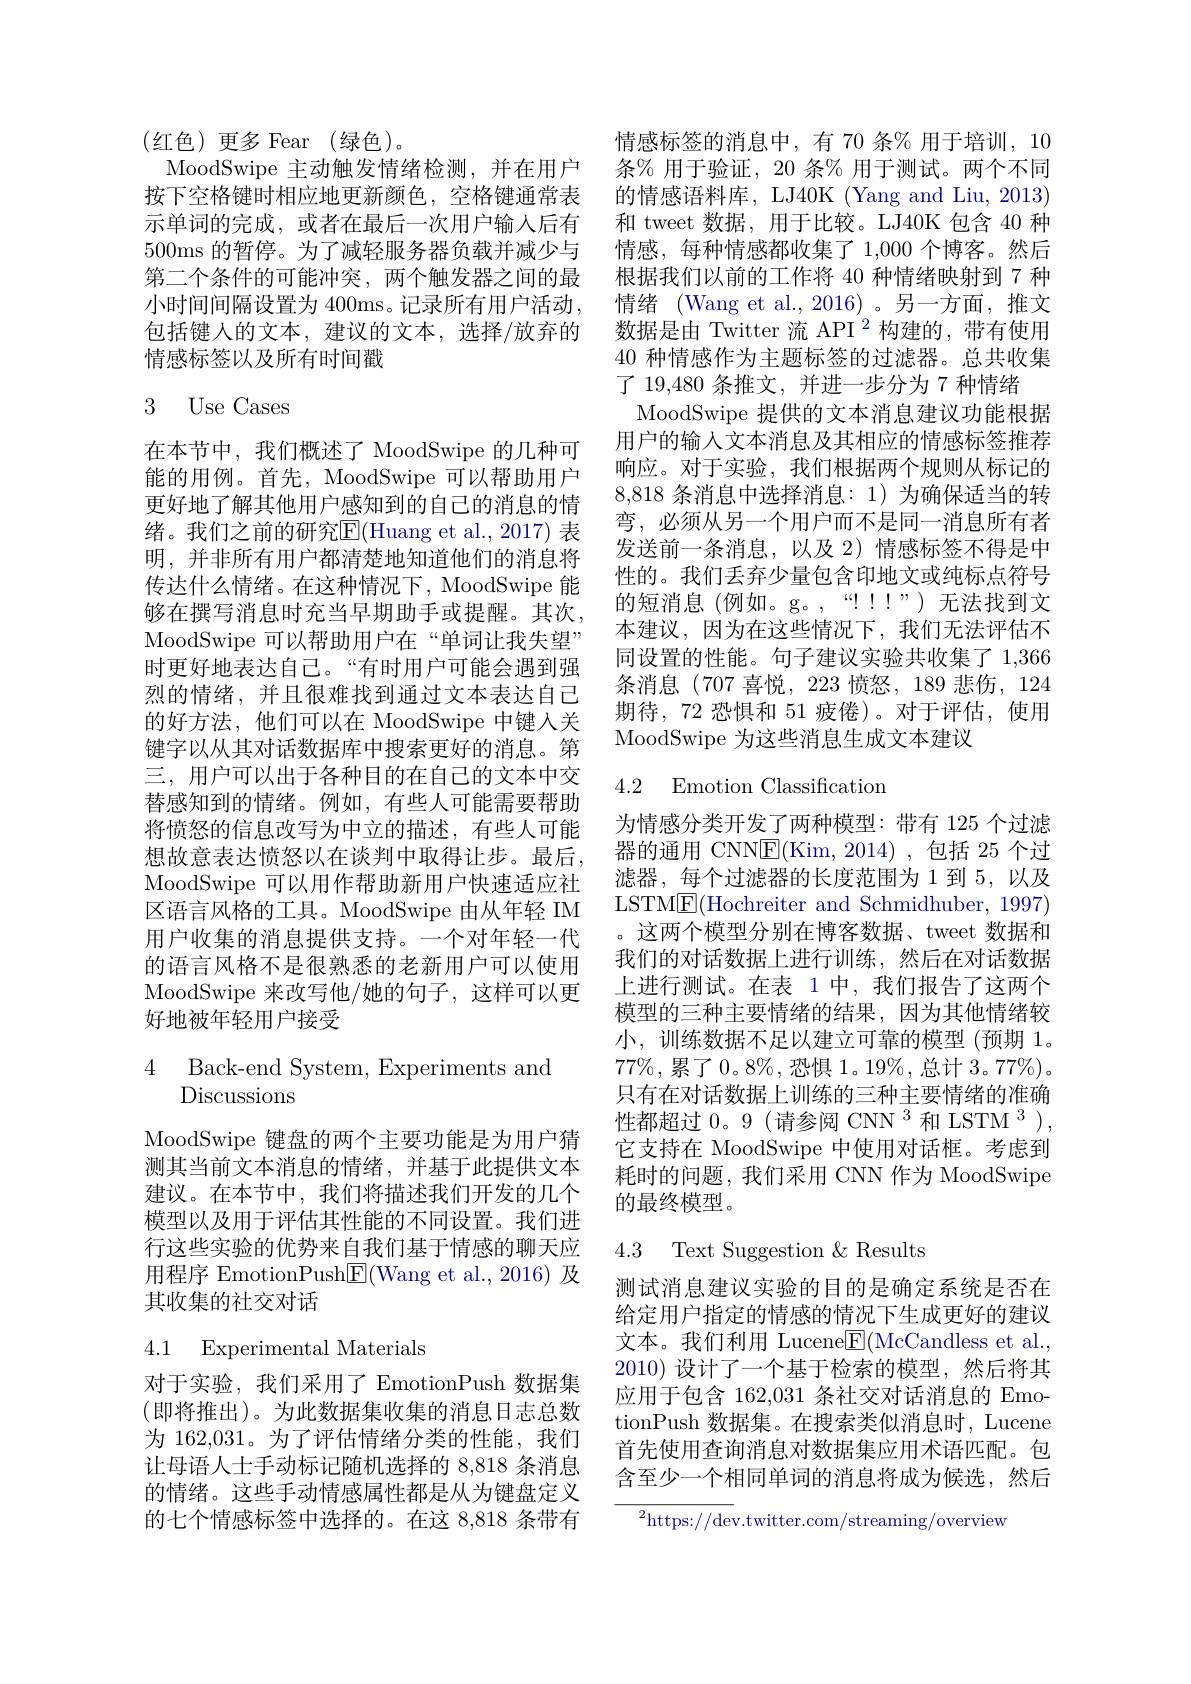
(红色)更多Fear(绿色)。
MoodSwipe 主动触发情绪检测，并在用户 条% 用于验证，20 条% 用于测试。两个不同按下空格键时相应地更新颜色，空格键通常表 的情感语料库，LJ40K (Yang and Liu, 2013) 示单词的完成，或者在最后一次用户输人后有 和 tweet 数据，用于比较。LJ40K 包含 40 种500ms的暂停。为了减轻服务器负载并减少与 情感，每种情感都收集了 1,000 个博客。然后第二个条件的可能冲突，两个触发器之间的最 根据我们以前的工作将 40 种情绪映射到 7 种小时间间隔设置为 400ms。记录所有用户活动，情绪 (Wang et al.,2016) 。另一方面，推文包括键人的文本，建议的文本，选择/放弃的
情感标签以及所有时间戳

### 3 Use Cases

在本节中，我们概述了 MoodSwipe 的几种可能的用例。首先，MoodSwipe 可以帮助用户更好地了解其他用户感知到的自己的消息的情绪。我们之前的研究E$( Huang et al. , 2017)$ 表明，并非所有用户都清楚地知道他们的消息将传达什么情绪。在这种情况下，MoodSwipe 能够在撰写消息时充当早期助手或提醒。其次， MoodSwipe 可以帮助用户在“单词让我失望” 时更好地表达自己。“有时用户可能会遇到强烈的情绪，并且很难找到通过文本表达自己的好方法，他们可以在 MoodSwipe 中键入关键字以从其对话数据库中搜索更好的消息。第三，用户可以出于各种目的在自己的文本中交替感知到的情绪。例如，有些人可能需要帮助将愤怒的信息改写为中立的描述，有些人可能想故意表达愤怒以在谈判中取得让步。最后， MoodSwipe 可以用作帮助新用户快速适应社区语言风格的工具。MoodSwipe 由从年轻 IM 用户收集的消息提供支持。一个对年轻一代的语言风格不是很熟悉的老新用户可以使用MoodSwipe 来改写他/她的句子，这样可以更好地被年轻用户接受

4 Back-end System, Experiments and
Discussions

MoodSwipe 键盘的两个主要功能是为用户猜测其当前文本消息的情绪，并基于此提供文本建议。在本节中，我们将描述我们开发的几个模型以及用于评估其性能的不同设置。我们进行这些实验的优势来自我们基于情感的聊天应用程序 EmotionPush$\boxed{\mathrm{E}}($Wang et al.,2016)及其收集的社交对话

4.1 Experimental Materials

对于实验，我们采用了 EmotionPush 数据集(即将推出)。为此数据集收集的消息日志总数为 162,031。为了评估情绪分类的性能，我们让母语人士手动标记随机选择的 8,818 条消息的情绪。这些手动情感属性都是从为键盘定义的七个情感标签中选择的。在这 8,818 条带有

情感标签的消息中，有 70 条% 用于培训，10数据是由 Twitter 流 API $^2$构建的，带有使用40种情感作为主题标签的过滤器。总共收集了 19,480 条推文，并进一步分为 7 种情绪
MoodSwipe 提供的文本消息建议功能根据用户的输入文本消息及其相应的情感标签推荐响应。对于实验，我们根据两个规则从标记的8,818 条消息中选择消息：1) 为确保适当的转弯，必须从另一个用户而不是同一消息所有者发送前一条消息，以及 2) 情感标签不得是中性的。我们丢弃少量包含印地文或纯标点符号的短消息(例如。g。,“!!")无法找到文本建议，因为在这些情况下，我们无法评估不同设置的性能。句子建议实验共收集了 1,366条消息(707 喜悦，223 愤怒，189 悲伤，124期待，72 恐惧和 51 疲倦)。对于评估，使用MoodSwipe为这些消息生成文本建议

### 4.2 Emotion Classificatior

为情感分类开发了两种模型：带有 125 个过滤器的通用 CNN$\underline{\mathrm{E}}($Kim,2014),包括 25 个过滤器，每个过滤器的长度范围为 1 到 5, 以及LSTM$\underline{\mathrm{E}}($Hochreiter and Schmidhuber, 1997) 。这两个模型分别在博客数据、tweet 数据和我们的对话数据上进行训练，然后在对话数据上进行测试。在表 1 中，我们报告了这两个模型的三种主要情绪的结果，因为其他情绪较小，训练数据不足以建立可靠的模型(预期 1。$77\%$,累了$0.8\%$,恐惧$1。19\%$,总计 $3。77\%)$。只有在对话数据上训练的三种主要情绪的准确性都超过0。9(请参阅 CNN$^3$和 LSTM$^3)$, 它支持在 MoodSwipe 中使用对话框。考虑到耗时的问题，我们采用 CNN 作为 MoodSwipe 的最终模型。

4.3 Text Suggestion $\&$ Results

测试消息建议实验的目的是确定系统是否在给定用户指定的情感的情况下生成更好的建议文本。我们利用 LuceneE|(McCandless et al., 2010)设计了一个基于检索的模型，然后将其应用于包含 162,031 条社交对话消息的 EmotionPush 数据集。在搜索类似消息时，Lucene 首先使用查询消息对数据集应用术语匹配。包含至少一个相同单词的消息将成为候选，然后

${^2\text{https:}//\text{dev.twitter.com/streaming/overview}}$